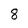
Character: 8